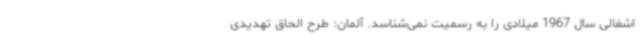
اشغالی سال 1967 میلادی را به رسمیت نمی‌شناسد. آلمان: طرح الحاق تهدیدی